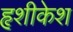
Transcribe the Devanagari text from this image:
हृशीकेश